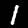
Label: 1